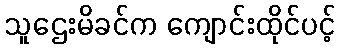
သူဌေးမိခင်က ကျောင်းထိုင်ပင့်